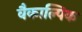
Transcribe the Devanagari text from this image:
वैकाल्पिक